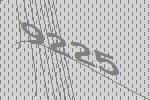
9225